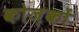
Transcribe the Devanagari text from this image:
कोज़कों